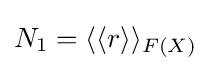
N_{1}=\langle \langle r\rangle \rangle _{F(X)}